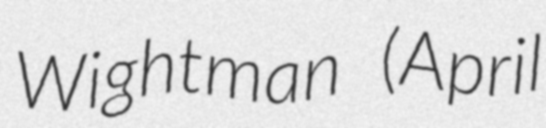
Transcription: Wightman (April